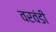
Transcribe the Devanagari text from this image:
वरवंडी